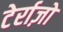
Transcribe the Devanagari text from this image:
टेर्राज़ो